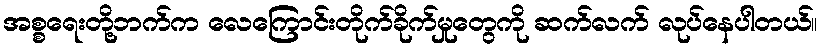
အစ္စရေးတို့ဘက်က လေကြောင်းတိုက်ခိုက်မှုတွေကို ဆက်လက် လုပ်နေပါတယ်။